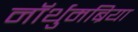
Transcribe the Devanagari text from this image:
नॉर्थुमब्रिया